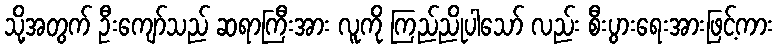
သို့အတွက် ဦးကျော်သည် ဆရာကြီးအား လူကို ကြည်ညိုပါသော် လည်း စီးပွားရေးအားဖြင့်ကား